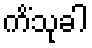
ကိံသုခါ